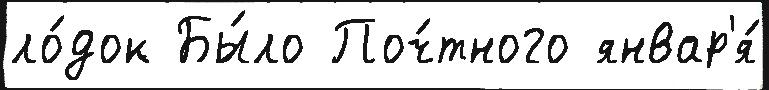
ло́док Бы́ло Поч́тного январ'я́